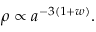
\rho \propto a ^ { - 3 ( 1 + w ) } .